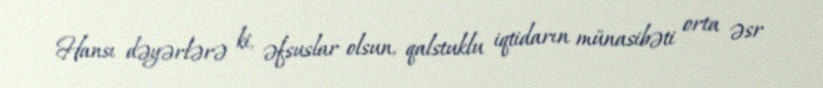
Hansı dəyərlərə ki, əfsuslar olsun, qalstuklu iqtidarın münasibəti orta əsr